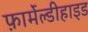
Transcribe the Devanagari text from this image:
फ़ार्मेल्डीहाइड